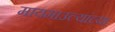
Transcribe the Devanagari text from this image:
मायमाउल्यांच्या